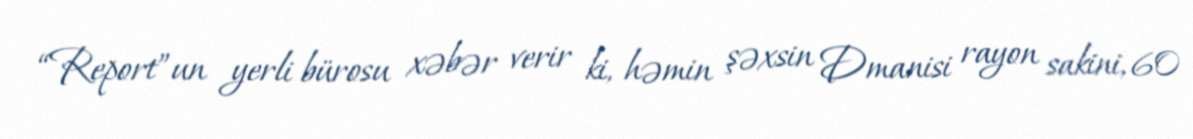
“Report”un yerli bürosu xəbər verir ki, həmin şəxsin Dmanisi rayon sakini, 60